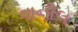
વાનીલ